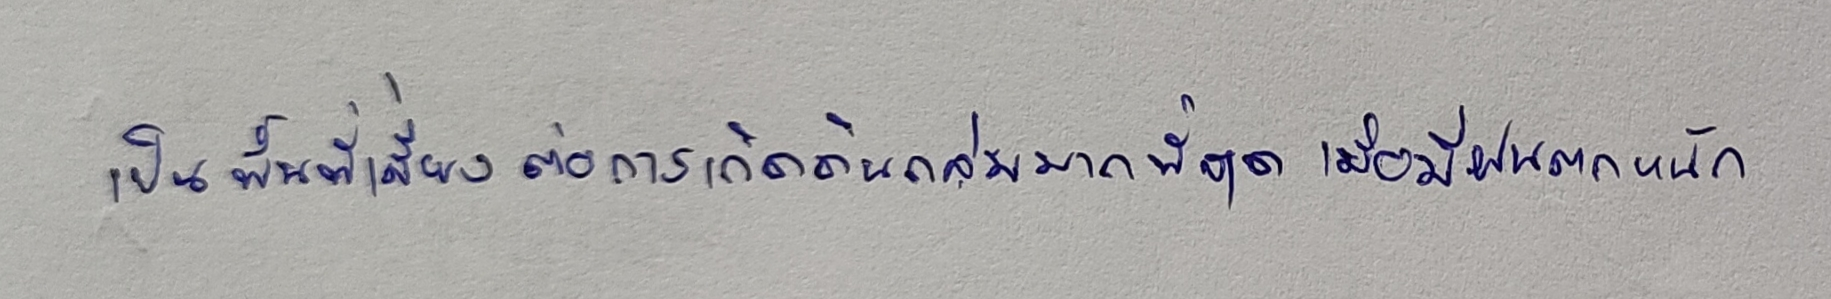
เป็นพื้นที่เสี่ยงต่อการเกิดดินถล่มมากที่สุดเมื่อมีฝนตกหนัก